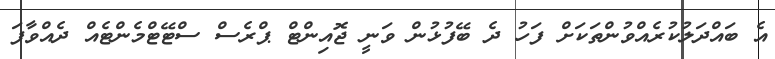
އެ ބައްދަލުކުރެއްވުންތަކަށް ފަހު ދެ ބޭފުޅުން ވަނީ ޖޮއިންޓް ޕްރެސް ސްޓޭޓްމެންޓެއް ދެއްވާފަ